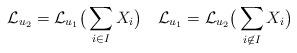
LaTeX: \begin{align*}\mathcal L_{u_2}=\mathcal L_{u_1}\big(\sum_{i\in I}X_i\big)\quad\mathcal L_{u_1}=\mathcal L_{u_2}\big(\sum_{i\not\in I}X_i\big)\end{align*}